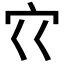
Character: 𰌳